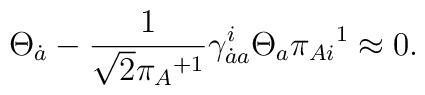
\Theta_{\dot a}-\frac 1{\sqrt{2}{\pi_A}^{+1}}\gamma^i_{\dot aa}\Theta_a\pi_{Ai}{}^1\approx0.